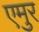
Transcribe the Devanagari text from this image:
एमुर